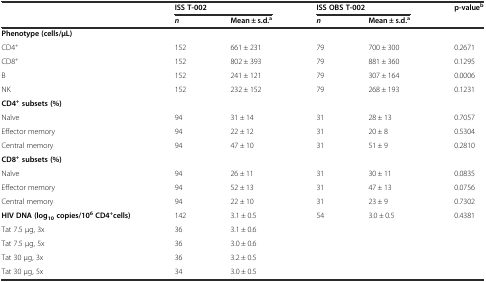
<table><thead><tr><td></td><td colspan="2"><b>ISS T-002</b></td><td colspan="2"><b>ISS OBS T-002</b></td><td><b>p-value<sup>b</sup></b></td></tr><tr><td></td><td><b><i>n</i></b></td><td><b>Mean ± s.d.<sup>a</sup></b></td><td><b><i>n</i></b></td><td><b>Mean ± s.d.<sup>a</sup></b></td><td></td></tr></thead><tbody><tr><td><b>Phenotype (cells/μL)</b></td><td></td><td></td><td></td><td></td><td></td></tr><tr><td>CD4<sup>+</sup></td><td>152</td><td>661 ± 231</td><td>79</td><td>700 ± 300</td><td>0.2671</td></tr><tr><td>CD8<sup>+</sup></td><td>152</td><td>802 ± 393</td><td>79</td><td>881 ± 360</td><td>0.1295</td></tr><tr><td>B</td><td>152</td><td>241 ± 121</td><td>79</td><td>307 ± 164</td><td>0.0006</td></tr><tr><td>NK</td><td>152</td><td>232 ± 152</td><td>79</td><td>268 ± 193</td><td>0.1231</td></tr><tr><td><b>CD4</b><sup><b>+</b></sup><b>subsets (%)</b></td><td></td><td></td><td></td><td></td><td></td></tr><tr><td>Naïve</td><td>94</td><td>31 ± 14</td><td>31</td><td>28 ± 13</td><td>0.7057</td></tr><tr><td>Effector memory</td><td>94</td><td>22 ± 12</td><td>31</td><td>20 ± 8</td><td>0.5304</td></tr><tr><td>Central memory</td><td>94</td><td>47 ± 10</td><td>31</td><td>51 ± 9</td><td>0.2810</td></tr><tr><td><b>CD8</b><sup><b>+</b></sup><b>subsets (%)</b></td><td></td><td></td><td></td><td></td><td></td></tr><tr><td>Naïve</td><td>94</td><td>26 ± 11</td><td>31</td><td>30 ± 11</td><td>0.0835</td></tr><tr><td>Effector memory</td><td>94</td><td>52 ± 13</td><td>31</td><td>47 ± 13</td><td>0.0756</td></tr><tr><td>Central memory</td><td>94</td><td>22 ± 10</td><td>31</td><td>23 ± 9</td><td>0.7302</td></tr><tr><td><b>HIV DNA (log</b><sub><b>10</b></sub><b>copies/10</b><sup><b>6</b></sup><b>CD4</b><sup><b>+</b></sup><b>cells)</b></td><td>142</td><td>3.1 ± 0.5</td><td>54</td><td>3.0 ± 0.5</td><td>0.4381</td></tr><tr><td>Tat 7.5 μg, 3x</td><td>36</td><td>3.1 ± 0.6</td><td></td><td></td><td></td></tr><tr><td>Tat 7.5 μg, 5x</td><td>36</td><td>3.0 ± 0.6</td><td></td><td></td><td></td></tr><tr><td>Tat 30 μg, 3x</td><td>36</td><td>3.2 ± 0.5</td><td></td><td></td><td></td></tr><tr><td>Tat 30 μg, 5x</td><td>34</td><td>3.0 ± 0.5</td><td></td><td></td><td></td></tr></tbody></table>